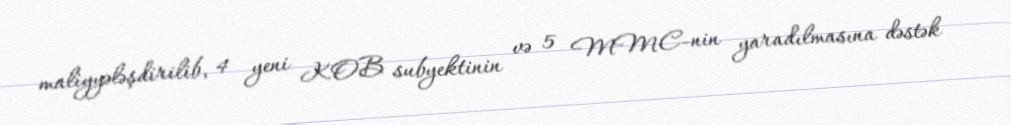
maliyyələşdirilib, 4 yeni KOB subyektinin və 5 MMC-nin yaradılmasına dəstək